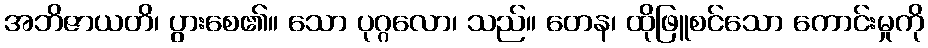
အဘိဇာယတိ၊ ပွားစေ၏။ သော ပုဂ္ဂလော၊ သည်။ တေန၊ ထိုဖြူစင်သော ကောင်းမှုကို